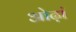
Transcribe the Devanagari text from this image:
ओढ़ां